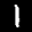
Label: 1